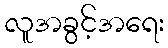
လူအခွင့်အရေး